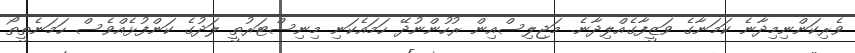
ވެރިކަންނިމިދާނެ ކަމަނާގެ ވަޒީފާގެއްލިދާނެ. މަޖިލިސްއިން ރުހުންނުދޭ ހަމައެކަނި މިނިސްޓަރުތީ ލަދުގެ ކަންފުޅެއްވެސް ހަމަނެތީތޯ